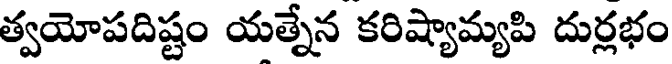
త్వయోపదిష్టం యత్నేన కరిష్యామ్యపి దుర్లభం